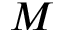
M